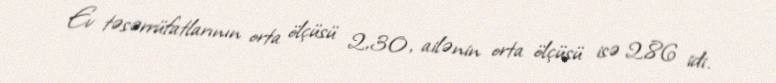
Ev təsərrüfatlarının orta ölçüsü 2,30, ailənin orta ölçüsü isə 2,86 idi.